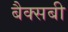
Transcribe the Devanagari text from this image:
बैक्सबी